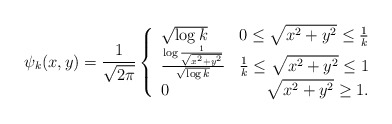
\begin{align*} \psi_{k}(x,y) = \frac{1}{\sqrt{2\pi}}\left\{\begin{array}{lr}\sqrt{\log k}& 0\leq \sqrt{x^2+y^2}\leq {\frac{1}{k}}\\ \frac{\log {\frac{1}{\sqrt{x^2+y^2}}}}{\sqrt{\log k}} & \frac{1}{k}\leq \sqrt{x^2+y^2} \leq 1\\ 0 & \sqrt{x^2+y^2}\geq 1.\end{array}\right.\end{align*}